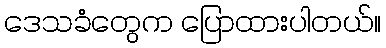
ဒေသခံတွေက ပြောထားပါတယ်။